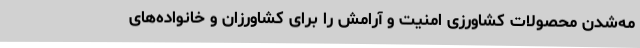
مه‌شدن محصولات کشاورزی امنیت و آرامش را برای کشاورزان و خانواده‌های